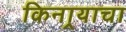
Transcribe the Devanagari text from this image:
किनार्‍याचा